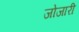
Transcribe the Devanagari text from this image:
जोजारी